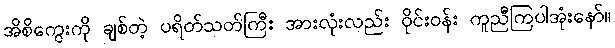
အိစိကွေးကို ချစ်တဲ့ ပရိတ်သတ်ကြီး အားလုံးလည်း ဝိုင်းဝန်း ကူညီကြပါအုံးနော်။